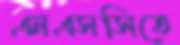
এনএসসিতে